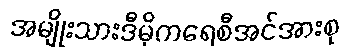
အမျိုးသားဒီမိုကရေစီအင်အားစု